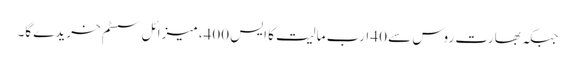
جبکہ بھارت روس سے 40 ارب مالیت کا ایس 400، میزائل سسٹم خریدے گا۔